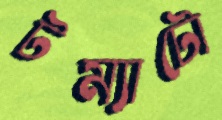
টম্যাটো